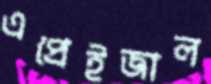
এপ্রেইজাল